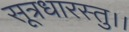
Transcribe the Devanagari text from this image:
सूत्रधारस्तु।।